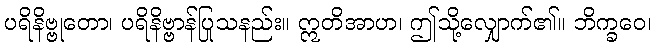
ပရိနိဗ္ဗုတော၊ ပရိနိဗ္ဗာန်ပြုသနည်း။ ဣတိအာဟ၊ ဤသို့လျှောက်၏။ ဘိက္ခဝေ၊